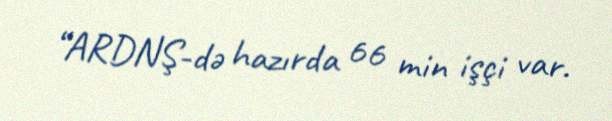
“ARDNŞ-də hazırda 66 min işçi var.